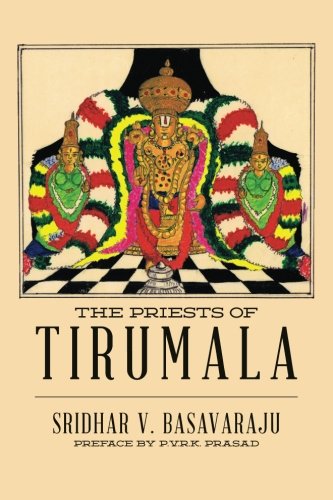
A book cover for The Priests of Tirumala; Sridhar V. Basavaraju; Religion & Spirituality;